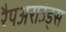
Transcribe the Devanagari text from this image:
रैपअराउंड्स